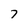
Character: 7